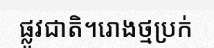
ផ្លូវជាតិ។រោងថ្មប្រក់